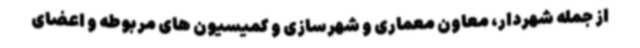
از جمله شهردار، معاون معماری و شهرسازی و کمیسیون های مربوطه و اعضای